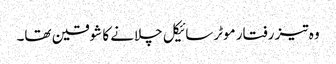
وہ تیز رفتار موٹرسائیکل چلانے کا شوقین تھا۔